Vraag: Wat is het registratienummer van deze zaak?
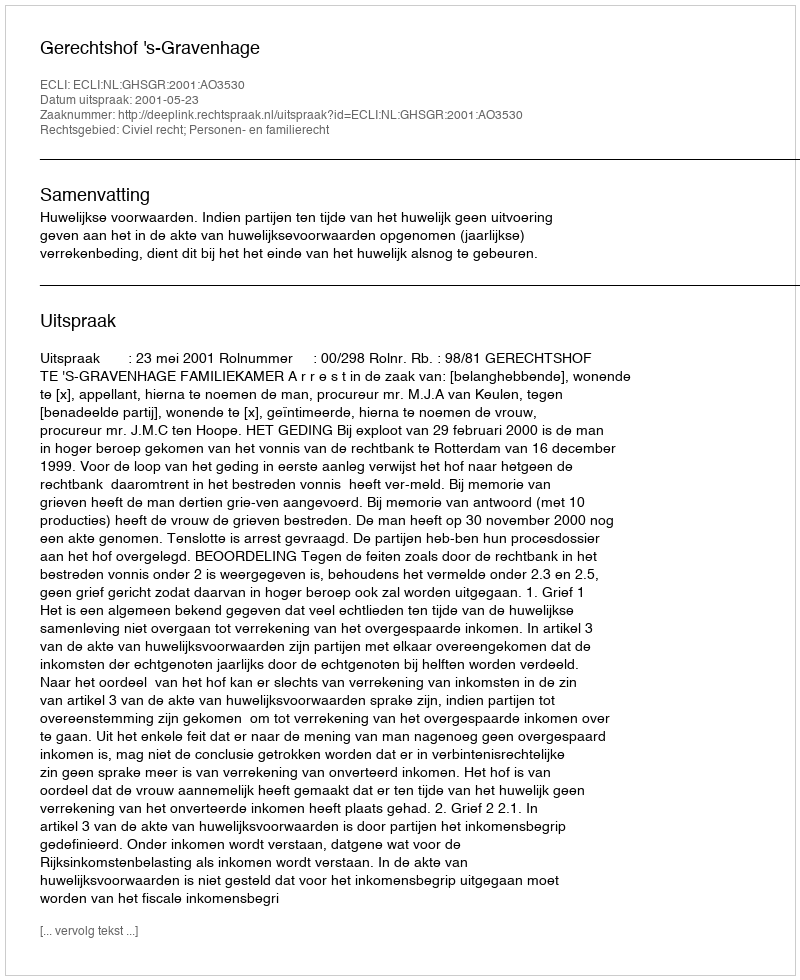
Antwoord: http://deeplink.rechtspraak.nl/uitspraak?id=ECLI:NL:GHSGR:2001:AO3530